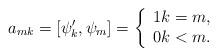
LaTeX: \begin{align*}a_{mk}=\left[ \psi _{k}^{\prime },\psi _{m}\right] =\left\{ \begin{array}{c}1k=m, \\ 0k<m.\end{array}\right. \end{align*}